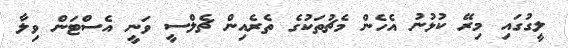
ލީގުގައި މިރޭ ކުޅުނު އެހެން މެޗުތަކުގެ ތެރެއިން ޗެލްސީ ވަނީ އެސްޓަން ވިލާ